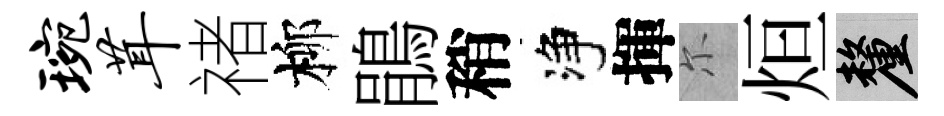
琬茸禇柳鵑稍净揮尓烜厘